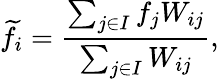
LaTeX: \widetilde{f}_{i}=\frac{\sum_{j\in I}f_{j}W_{ij}}{\sum_{j\in I}W_{ij}},